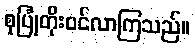
စုပြုံတိုးဝင်လာကြသည်။